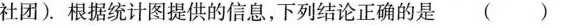
社团)。根据统计图提供的信息，下列结论正确的是( )